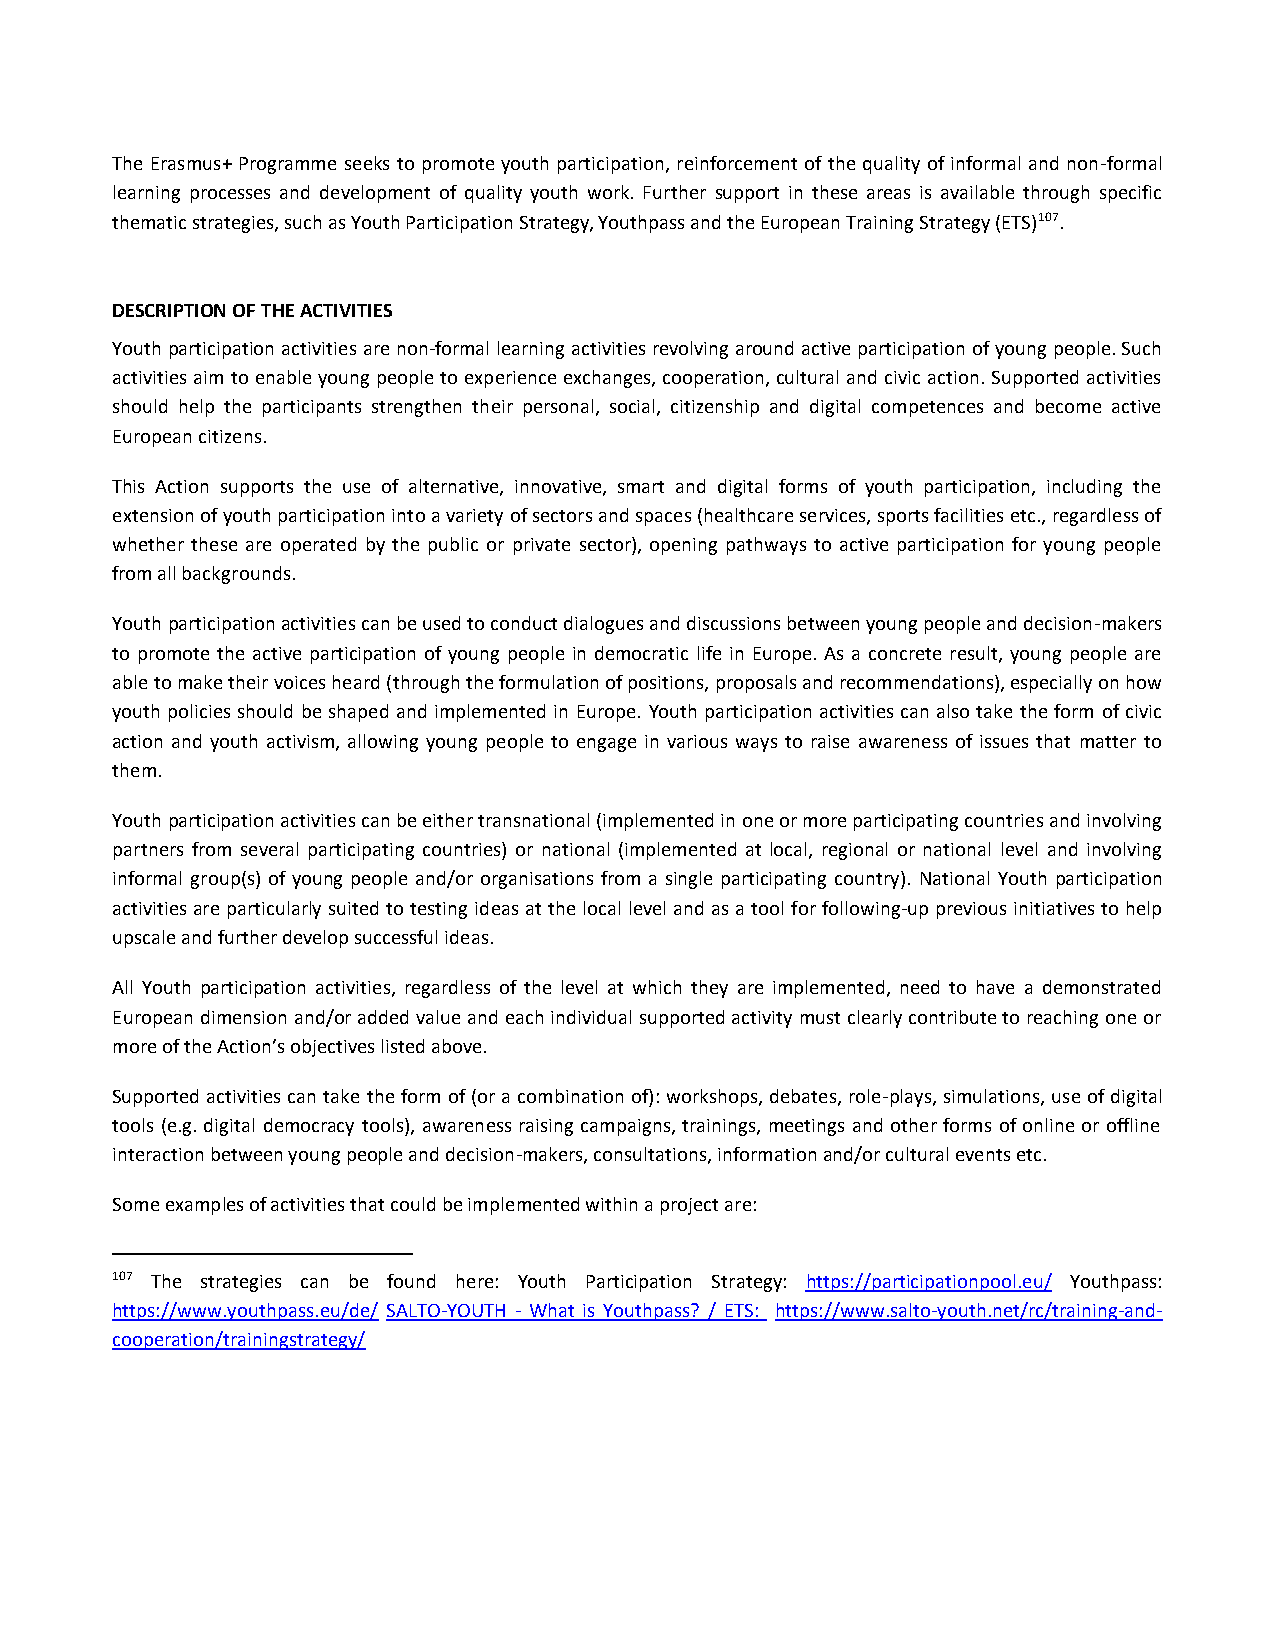
The Erasmus+ Programme seeks to promote youth participation, reinforcement of the quality of informal and non-formal
 learning processes and development of quality youth work. Further support in these areas is available through specific
 thematic strategies, such as Youth Participation Strategy, Youthpass and the European Training Strategy (ETS)107.
 DESCRIPTION OF THE ACTIVITIES
 Youth participation activities are non-formal learning activities revolving around active participation of young people. Such
 activities aim to enable young people to experience exchanges, cooperation, cultural and civic action. Supported activities
 should help the participants strengthen their personal, social, citizenship and digital competences and become active
 European citizens.
 This Action supports the use of alternative, innovative, smart and digital forms of youth participation, including the
 extension of youth participation into a variety of sectors and spaces (healthcare services, sports facilities etc., regardless of
 whether these are operated by the public or private sector), opening pathways to active participation for young people
 from all backgrounds.
 Youth participation activities can be used to conduct dialogues and discussions between young people and decision-makers
 to promote the active participation of young people in democratic life in Europe. As a concrete result, young people are
 able to make their voices heard (through the formulation of positions, proposals and recommendations), especially on how
 youth policies should be shaped and implemented in Europe. Youth participation activities can also take the form of civic
 action and youth activism, allowing young people to engage in various ways to raise awareness of issues that matter to
 them.
 Youth participation activities can be either transnational (implemented in one or more participating countries and involving
 partners from several participating countries) or national (implemented at local, regional or national level and involving
 informal group(s) of young people and/or organisations from a single participating country). National Youth participation
 activities are particularly suited to testing ideas at the local level and as a tool for following-up previous initiatives to help
 upscale and further develop successful ideas.
 All Youth participation activities, regardless of the level at which they are implemented, need to have a demonstrated
 European dimension and/or added value and each individual supported activity must clearly contribute to reaching one or
 more of the Action’s objectives listed above.
 Supported activities can take the form of (or a combination of): workshops, debates, role-plays, simulations, use of digital
 tools (e.g. digital democracy tools), awareness raising campaigns, trainings, meetings and other forms of online or offline
 interaction between young people and decision-makers, consultations, information and/or cultural events etc.
 Some examples of activities that could be implemented within a project are:
 107 The strategies can be found here: Youth Participation Strategy: https://participationpool.eu/ Youthpass:
 https://www.youthpass.eu/de/ SALTO-YOUTH - What is Youthpass? / ETS: https://www.salto-youth.net/rc/training-and-
 cooperation/trainingstrategy/